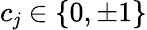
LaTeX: c_{\mathit{j}}\in\{ 0,\pm1\}